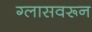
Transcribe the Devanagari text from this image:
ग्लासवरून